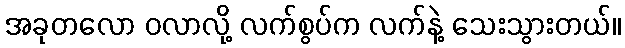
အခုတလော ဝလာလို့ လက်စွပ်က လက်နဲ့ သေးသွားတယ်။